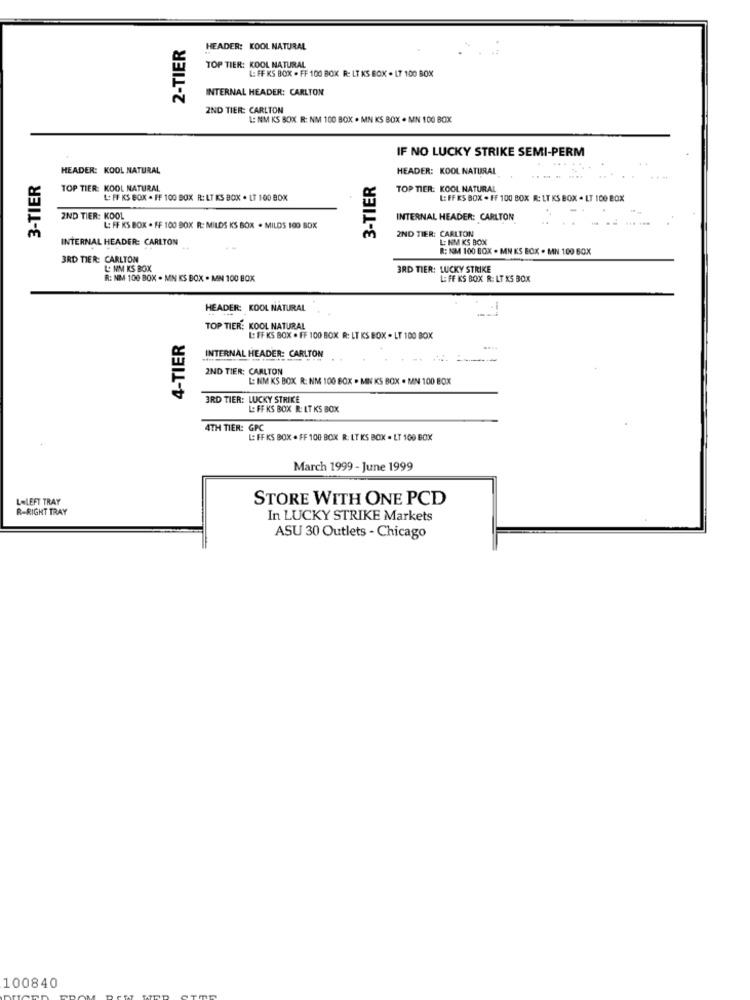
2-TIER
HEADER: KOOL NATURAL
TOP TIER: KOOL NATURAL
L: FF KS BOX . FF 100 BOX R: LT KS BOX . L7 100 BOX
INTERNAL HEADER: CARLTON
2ND TIER: CARLTON
L: NM KS BOX R: NM 100 BOX . MN KS BOX . MN 100 BOX
IF NO LUCKY STRIKE SEMI-PERM
HEADER: KOOL NATURAL
HEADER: KOOL NATURAL
3-TIER
3-TIER
.......
TOP TIER: KOOL NATURAL
TOP TIER: KOOL NATURAL
L: FF KS BOX . FF 100 BOX R: LT KS BOX . LT 100 BOX
L: FF ES BOX . FF 100 BOX R: LT KS BOX . LT 100 BOX
2ND TIER: KOOL
INTERNAL HEADER: CARLTON
L: FF KS BOX . FF 100 BOX R: MILDS KS BOX . MILDS 100 BOX
2ND TIER: CARLTON
INTERNAL HEADER: CARLTON
L: NM KS BOX
R: NOM 100 BOX . MN KS BOX . MN 100 BOX
3RD TIER: CARLTON
L. NM KS BOX
3RD TIER: LUCKY STRIKE
R: NM 100 BOX . MIN KS BOX . MIN 100 BOX
L: FF KS BOX R: LT KS BOX
HEADER: KOOL NATURAL
TOP TIER: KOOL NATURAL
4-TIER
L: FF KS BOX . FF 100 BOX R: LT KS BOX . LT 100 BOX
INTERNAL HEADER: CARLTON
2ND TIER: CARLTON
L: NM KS BOX R: NM 100 BOX . MIN KS BOX . MN 100 BOX
3RD TIER: LUCKY STRIKE
L: FF KS BOX R: LT KS BOX
4TH TIER: GPC
L: FF KS BOX . FF 100 BOX R: LT KS BOX . LT 100 BOX
March 1999 - June 1999
LALEFT TRAY
STORE WITH ONE PCD
R-RIGHT TRAY
In LUCKY STRIKE Markets
ASU 30 Outlets - Chicago
100840